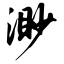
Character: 渺